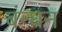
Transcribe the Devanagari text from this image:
बंन्घन